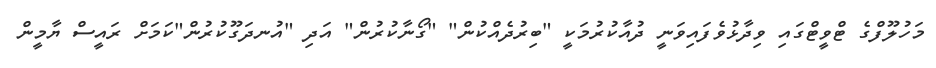
މަހުލޫފްގެ ޓްވީޓްގައި ވިދާޅުވެފައިވަނީ ދުއާކުރުމަކީ "ބިރުދެއްކުން" "ގޯނާކުރުން" އަދި "އުނދަގޫކުރުން"ކަމަށް ރައީސް ޔާމީން